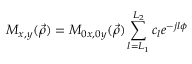
M _ { x , y } ( \vec { \rho } ) = M _ { 0 x , 0 y } ( \vec { \rho } ) \sum _ { l = L _ { 1 } } ^ { L _ { 2 } } c _ { l } e ^ { - j l \phi }